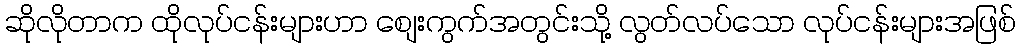
ဆိုလိုတာက ထိုလုပ်ငန်းများဟာ စျေးကွက်အတွင်းသို့ လွတ်လပ်သော လုပ်ငန်းများအဖြစ်